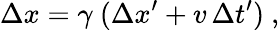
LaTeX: \Delta x=\gamma\ (\Delta x^{\prime}+v\, \Delta t^{\prime})\ ,